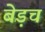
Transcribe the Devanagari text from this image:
बेड़च